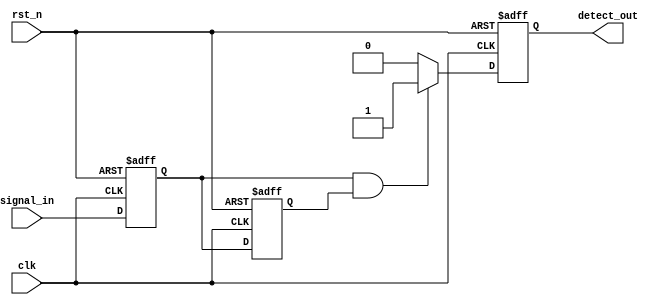
module dual_ff_detector (
    input wire clk,          // Clock input
    input wire rst_n,       // Active low reset
    input wire signal_in,   // Input signal to detect patterns
    output reg detect_out    // Output signal indicating detection
);

// Dual Flip-Flops for synchronization
reg ff1, ff2;

// State holding registers (Memory Blocks)
reg [1:0] state; // You can adjust the size based on the number of patterns to store

// Internal signals for pattern detection
wire pattern_detected;

// Pattern detection logic (example: detecting a specific pattern "11")
assign pattern_detected = (ff1 == 1'b1 && ff2 == 1'b1); // Change this condition as needed

// Flip-Flop Logic
always @(posedge clk or negedge rst_n) begin
    if (!rst_n) begin
        ff1 <= 1'b0;
        ff2 <= 1'b0;
        detect_out <= 1'b0;
        state <= 2'b00; // Initialize state
    end else begin
        ff1 <= signal_in; // Capture input signal
        ff2 <= ff1;       // Capture first FF output

        // Update state
        state <= {ff2, ff1}; // Store current and previous states

        // Detect if the specific pattern is met
        if (pattern_detected) begin
            detect_out <= 1'b1; // Assert output when pattern is detected
        end else begin
            detect_out <= 1'b0; // Deassert otherwise
        end
    end
end

endmodule